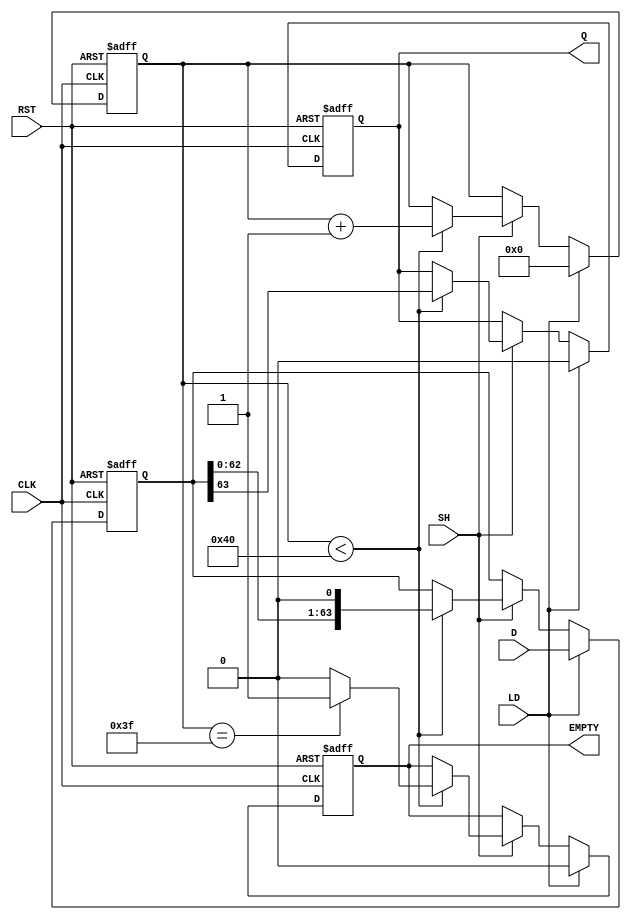
module PISO_Register (
    input wire [63:0] D,        // 64-bit data input
    input wire LD,              // Load signal
    input wire SH,              // Shift signal
    input wire CLK,             // Clock signal
    input wire RST,             // Reset signal
    output reg Q,               // Serial output bit
    output reg EMPTY            // Empty flag
);

    reg [63:0] shift_reg;       // 64-bit shift register
    reg [5:0] count;            // Counter for bits shifted out

    // Asynchronous Reset and Load operation
    always @(posedge CLK or posedge RST) begin
        if (RST) begin
            shift_reg <= 64'b0;  // Clear the shift register
            count <= 6'b0;       // Reset counter
            Q <= 1'b0;           // Clear serial output
            EMPTY <= 1'b1;       // Register is empty
        end else if (LD) begin
            shift_reg <= D;      // Load data into shift register
            count <= 6'b0;       // Reset counter
            Q <= 1'b0;           // Clear serial output
            EMPTY <= 1'b0;       // Register is not empty after load
        end else if (SH) begin
            if (count < 64) begin // Ensure shifting only happens if not all bits have been shifted out
                Q <= shift_reg[63]; // Shift out the MSB
                shift_reg <= {shift_reg[62:0], 1'b0}; // Shift left, effectively removing the MSB
                count <= count + 1; // Increment the count
                if (count == 63) begin // Check if all bits have been shifted out
                    EMPTY <= 1'b1;   // Set EMPTY signal
                end else begin
                    EMPTY <= 1'b0;   // Still data left
                end
            end
        end
    end

endmodule